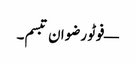
— فوٹو رضوان تبسم۔